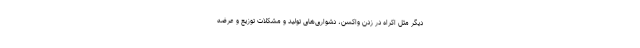
دیگر مثل اکراه در زدن واکسن، دشواری‌های تولید و مشکلات توزیع و عرضه